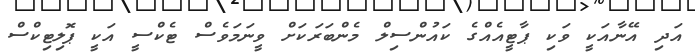
އަދި އޭނާއަކީ ވަކި ޕާޓީއެއްގެ ކައުންސިލް މެންބަރަކަށް ވީނަމަވެސް ޓެކްސީ އަކީ ޕޮލިޓިކްސް